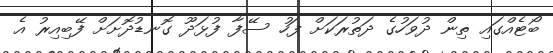
ބޯޓެއްގައި ތިން ދުވަހުގެ ދަތުރަކަށް ފަހު ސޭފާ ފުޅަދޫ ގޮނޑުދޮށަށް ފޭބިއިރު އެ